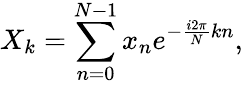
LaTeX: X_{k}=\sum_{n=0}^{N-1}x_{n}e^{-\frac{i2\pi}{N}kn},